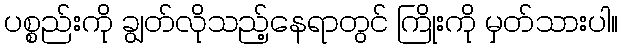
ပစ္စည်းကို ချွတ်လိုသည့်နေရာတွင် ကြိုးကို မှတ်သားပါ။